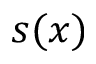
s ( x )